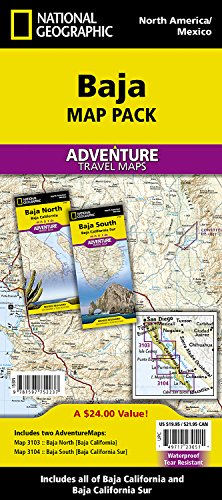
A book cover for Baja California Mexico [Map Pack Bundle] (National Geographic Adventure Map); National Geographic Maps - Adventure; Reference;